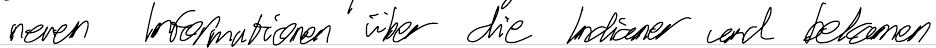
neuen Informationen über die Indianer und bekommen